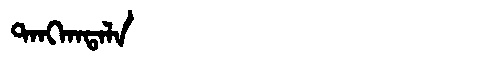
Manchu: ᡨᠠᠩᡴᠠᡨᠠᠯᠠ
Romanization: TANGKATALA